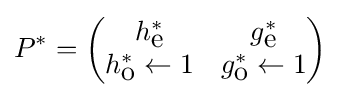
P^{*}={\begin{pmatrix}h_{\mbox{e}}^{*}&g_{\mbox{e}}^{*}\\h_{\mbox{o}}^{*}\leftarrow 1&g_{\mbox{o}}^{*}\leftarrow 1\end{pmatrix}}